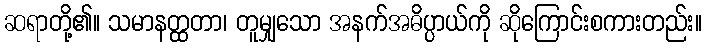
ဆရာတို့၏။ သမာနတ္ထတာ၊ တူမျှသော အနက်အဓိပ္ပာယ်ကို ဆိုကြောင်းစကားတည်း။